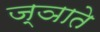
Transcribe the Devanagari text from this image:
ज्ञाते